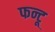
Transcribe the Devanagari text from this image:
फन्टू